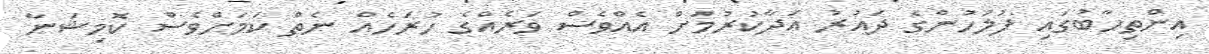
އިންތިހާބުގައި ފުލުހުންގެ ދައުރު އަދާކުރުމަށް އެއްވެސް ވަރެއްގެ ހުރަހެއް ނެތް ކަމަށްވެސް ކޮމިޝަނާ